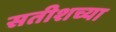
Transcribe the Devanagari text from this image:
सतीशच्या